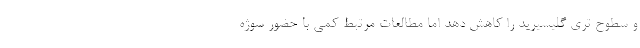
و سطوح تری گلیسیرید را کاهش دهد اما مطالعات مرتبط کمی با حضور سوژه